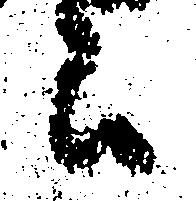
言